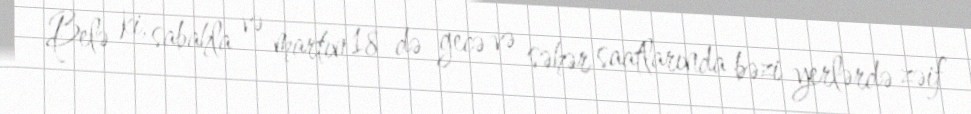
Belə ki, sabahla və martın 18-də gecə və səhər saatlarında bəzi yerlərdə zəif